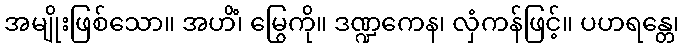
အမျိုးဖြစ်သော။ အဟိံ၊ မြွေကို။ ဒဏ္ဍကေန၊ လှံကန်ဖြင့်။ ပဟရန္တေ၊